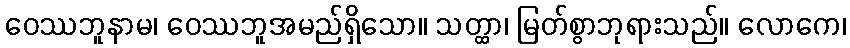
ဝေဿဘူနာမ၊ ဝေဿဘူအမည်ရှိသော။ သတ္ထာ၊ မြတ်စွာဘုရားသည်။ လောကေ၊